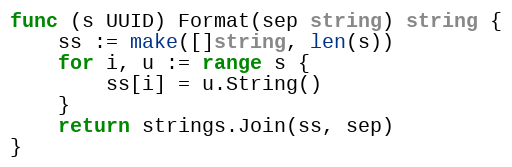
Language: Go
func (s UUID) Format(sep string) string {
	ss := make([]string, len(s))
	for i, u := range s {
		ss[i] = u.String()
	}
	return strings.Join(ss, sep)
}